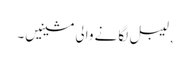
, لیبل لگانے والی مشینیں۔